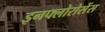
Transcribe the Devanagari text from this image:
इनफ्लोरोसेंस